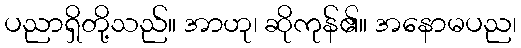
ပညာရှိတို့သည်။ အာဟု၊ ဆိုကုန်၏။ အနောမပည၊